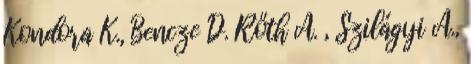
Kondora K., Bencze D. Rőth A. , Szilágyi Á.,